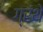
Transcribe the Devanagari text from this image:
ग्रंथे